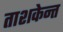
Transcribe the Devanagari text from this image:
ताशकेन्त